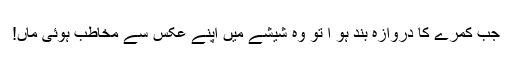
جب کمرے کا دروازہ بند ہو ا تو وہ شیشے میں اپنے عکس سے مخاطب ہوئی ماں!